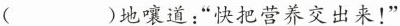
( )地嚷道：”快把营养交出来！”